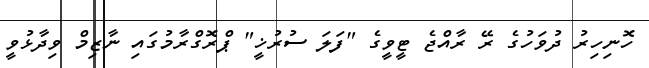
ހޮނިހިރު ދުވަހުގެ ރޭ ރާއްޖެ ޓީވީގެ "ފަލަ ސުރުޚީ" ޕްރޮގްރާމުގައި ނާޒިމް ވިދާޅުވީ